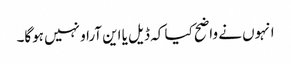
انہوں نے واضح کیا کہ ڈیل یا این آراو نہیں ہوگا۔